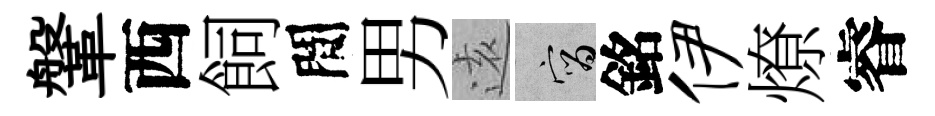
鞶西飼間男逺宵銘伊燎睿